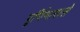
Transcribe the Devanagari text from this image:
पूर्णिमावाले